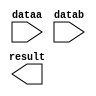
//lpm_mult CBX_DECLARE_ALL_CONNECTED_PORTS="OFF" DEVICE_FAMILY="Cyclone V" DSP_BLOCK_BALANCING="Auto" LPM_REPRESENTATION="UNSIGNED" MAXIMIZE_SPEED=5 dataa datab result CARRY_CHAIN="MANUAL" CARRY_CHAIN_LENGTH=48
//VERSION_BEGIN 13.1 cbx_cycloneii 2013:10:23:18:05:48:SJ cbx_lpm_add_sub 2013:10:23:18:05:48:SJ cbx_lpm_mult 2013:10:23:18:05:48:SJ cbx_mgl 2013:10:23:18:06:54:SJ cbx_padd 2013:10:23:18:05:48:SJ cbx_stratix 2013:10:23:18:05:48:SJ cbx_stratixii 2013:10:23:18:05:48:SJ cbx_util_mgl 2013:10:23:18:05:48:SJ  VERSION_END
// synthesis VERILOG_INPUT_VERSION VERILOG_2001
// altera message_off 10463



// Copyright (C) 1991-2013 Altera Corporation
//  Your use of Altera Corporation's design tools, logic functions 
//  and other software and tools, and its AMPP partner logic 
//  functions, and any output files from any of the foregoing 
//  (including device programming or simulation files), and any 
//  associated documentation or information are expressly subject 
//  to the terms and conditions of the Altera Program License 
//  Subscription Agreement, Altera MegaCore Function License 
//  Agreement, or other applicable license agreement, including, 
//  without limitation, that your use is for the sole purpose of 
//  programming logic devices manufactured by Altera and sold by 
//  Altera or its authorized distributors.  Please refer to the 
//  applicable agreement for further details.



//synthesis_resources = 
//synopsys translate_off
`timescale 1 ps / 1 ps
//synopsys translate_on
module  mult_lhj
	( 
	dataa,
	datab,
	result) /* synthesis synthesis_clearbox=1 */;
	input   dataa;
	input   datab;
	output   result;


	initial/*synthesis enable_verilog_initial_construct*/
 	begin
		$display("Error: MGL_INTERNAL_ERROR: Parameter lpm_mult|LPM_WIDTHA has no default value and has not been assigned any value. CAUSE : An attempt was made to access the value of a parameter which has no default, and has not been assigned a value. All parameters should have a default value, or, if the parameter is a required parameter, an assignment should be made. ACTION : Specify a value for the parameter or if the parameter is an optional parameter, specify a default value.");
		$display("Error: MGL_INTERNAL_ERROR: Parameter lpm_mult|LPM_WIDTHB has no default value and has not been assigned any value. CAUSE : An attempt was made to access the value of a parameter which has no default, and has not been assigned a value. All parameters should have a default value, or, if the parameter is a required parameter, an assignment should be made. ACTION : Specify a value for the parameter or if the parameter is an optional parameter, specify a default value.");
		$display("Error: MGL_INTERNAL_ERROR: Parameter lpm_mult|LPM_WIDTHP has no default value and has not been assigned any value. CAUSE : An attempt was made to access the value of a parameter which has no default, and has not been assigned a value. All parameters should have a default value, or, if the parameter is a required parameter, an assignment should be made. ACTION : Specify a value for the parameter or if the parameter is an optional parameter, specify a default value.");
		$display("Error: MGL_INTERNAL_ERROR: Parameter lpm_mult|LPM_WIDTHA has no default value and has not been assigned any value. CAUSE : An attempt was made to access the value of a parameter which has no default, and has not been assigned a value. All parameters should have a default value, or, if the parameter is a required parameter, an assignment should be made. ACTION : Specify a value for the parameter or if the parameter is an optional parameter, specify a default value.");
		$display("Error: MGL_INTERNAL_ERROR: Parameter lpm_mult|LPM_WIDTHB has no default value and has not been assigned any value. CAUSE : An attempt was made to access the value of a parameter which has no default, and has not been assigned a value. All parameters should have a default value, or, if the parameter is a required parameter, an assignment should be made. ACTION : Specify a value for the parameter or if the parameter is an optional parameter, specify a default value.");
		$display("Error: MGL_INTERNAL_ERROR: Parameter lpm_mult|LPM_WIDTHP has no default value and has not been assigned any value. CAUSE : An attempt was made to access the value of a parameter which has no default, and has not been assigned a value. All parameters should have a default value, or, if the parameter is a required parameter, an assignment should be made. ACTION : Specify a value for the parameter or if the parameter is an optional parameter, specify a default value.");
		$display("Error: MGL_INTERNAL_ERROR: Parameter lpm_mult|LPM_WIDTHA has no default value and has not been assigned any value. CAUSE : An attempt was made to access the value of a parameter which has no default, and has not been assigned a value. All parameters should have a default value, or, if the parameter is a required parameter, an assignment should be made. ACTION : Specify a value for the parameter or if the parameter is an optional parameter, specify a default value.");
		$display("Error: MGL_INTERNAL_ERROR: Parameter lpm_mult|LPM_WIDTHB has no default value and has not been assigned any value. CAUSE : An attempt was made to access the value of a parameter which has no default, and has not been assigned a value. All parameters should have a default value, or, if the parameter is a required parameter, an assignment should be made. ACTION : Specify a value for the parameter or if the parameter is an optional parameter, specify a default value.");
		$display("Error: MGL_INTERNAL_ERROR: Parameter lpm_mult|LPM_WIDTHP has no default value and has not been assigned any value. CAUSE : An attempt was made to access the value of a parameter which has no default, and has not been assigned a value. All parameters should have a default value, or, if the parameter is a required parameter, an assignment should be made. ACTION : Specify a value for the parameter or if the parameter is an optional parameter, specify a default value.");
		$display("Error: MGL_INTERNAL_ERROR: Parameter lpm_mult|LPM_WIDTHA has no default value and has not been assigned any value. CAUSE : An attempt was made to access the value of a parameter which has no default, and has not been assigned a value. All parameters should have a default value, or, if the parameter is a required parameter, an assignment should be made. ACTION : Specify a value for the parameter or if the parameter is an optional parameter, specify a default value.");
		$display("Error: MGL_INTERNAL_ERROR: Parameter lpm_mult|LPM_WIDTHB has no default value and has not been assigned any value. CAUSE : An attempt was made to access the value of a parameter which has no default, and has not been assigned a value. All parameters should have a default value, or, if the parameter is a required parameter, an assignment should be made. ACTION : Specify a value for the parameter or if the parameter is an optional parameter, specify a default value.");
		$display("Error: MGL_INTERNAL_ERROR: Parameter lpm_mult|LPM_WIDTHP has no default value and has not been assigned any value. CAUSE : An attempt was made to access the value of a parameter which has no default, and has not been assigned a value. All parameters should have a default value, or, if the parameter is a required parameter, an assignment should be made. ACTION : Specify a value for the parameter or if the parameter is an optional parameter, specify a default value.");
		$display("Error: MGL_INTERNAL_ERROR: Parameter lpm_mult|LPM_WIDTHA has no default value and has not been assigned any value. CAUSE : An attempt was made to access the value of a parameter which has no default, and has not been assigned a value. All parameters should have a default value, or, if the parameter is a required parameter, an assignment should be made. ACTION : Specify a value for the parameter or if the parameter is an optional parameter, specify a default value.");
		$display("Error: MGL_INTERNAL_ERROR: Parameter lpm_mult|LPM_WIDTHB has no default value and has not been assigned any value. CAUSE : An attempt was made to access the value of a parameter which has no default, and has not been assigned a value. All parameters should have a default value, or, if the parameter is a required parameter, an assignment should be made. ACTION : Specify a value for the parameter or if the parameter is an optional parameter, specify a default value.");
		$display("Error: MGL_INTERNAL_ERROR: Parameter lpm_mult|LPM_WIDTHP has no default value and has not been assigned any value. CAUSE : An attempt was made to access the value of a parameter which has no default, and has not been assigned a value. All parameters should have a default value, or, if the parameter is a required parameter, an assignment should be made. ACTION : Specify a value for the parameter or if the parameter is an optional parameter, specify a default value.");
		$display("Error: MGL_INTERNAL_ERROR: Parameter lpm_mult|LPM_WIDTHA has no default value and has not been assigned any value. CAUSE : An attempt was made to access the value of a parameter which has no default, and has not been assigned a value. All parameters should have a default value, or, if the parameter is a required parameter, an assignment should be made. ACTION : Specify a value for the parameter or if the parameter is an optional parameter, specify a default value.");
		$display("Error: MGL_INTERNAL_ERROR: Parameter lpm_mult|LPM_WIDTHB has no default value and has not been assigned any value. CAUSE : An attempt was made to access the value of a parameter which has no default, and has not been assigned a value. All parameters should have a default value, or, if the parameter is a required parameter, an assignment should be made. ACTION : Specify a value for the parameter or if the parameter is an optional parameter, specify a default value.");
		$display("Error: MGL_INTERNAL_ERROR: Parameter lpm_mult|LPM_WIDTHB has no default value and has not been assigned any value. CAUSE : An attempt was made to access the value of a parameter which has no default, and has not been assigned a value. All parameters should have a default value, or, if the parameter is a required parameter, an assignment should be made. ACTION : Specify a value for the parameter or if the parameter is an optional parameter, specify a default value.");
		$display("Error: MGL_INTERNAL_ERROR: Parameter lpm_mult|LPM_WIDTHA has no default value and has not been assigned any value. CAUSE : An attempt was made to access the value of a parameter which has no default, and has not been assigned a value. All parameters should have a default value, or, if the parameter is a required parameter, an assignment should be made. ACTION : Specify a value for the parameter or if the parameter is an optional parameter, specify a default value.");
		$display("Error: MGL_INTERNAL_ERROR: Parameter lpm_mult|LPM_WIDTHA has no default value and has not been assigned any value. CAUSE : An attempt was made to access the value of a parameter which has no default, and has not been assigned a value. All parameters should have a default value, or, if the parameter is a required parameter, an assignment should be made. ACTION : Specify a value for the parameter or if the parameter is an optional parameter, specify a default value.");
		$display("Error: MGL_INTERNAL_ERROR: Parameter lpm_mult|LPM_WIDTHB has no default value and has not been assigned any value. CAUSE : An attempt was made to access the value of a parameter which has no default, and has not been assigned a value. All parameters should have a default value, or, if the parameter is a required parameter, an assignment should be made. ACTION : Specify a value for the parameter or if the parameter is an optional parameter, specify a default value.");
		$display("Error: MGL_INTERNAL_ERROR: Parameter lpm_mult|LPM_WIDTHA has no default value and has not been assigned any value. CAUSE : An attempt was made to access the value of a parameter which has no default, and has not been assigned a value. All parameters should have a default value, or, if the parameter is a required parameter, an assignment should be made. ACTION : Specify a value for the parameter or if the parameter is an optional parameter, specify a default value.");
		$display("Error: Parameter error: value of LPM_WIDTHA parameter must be greater than 0");
	end
endmodule //mult_lhj
//ERROR FILE